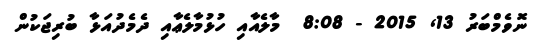
ނޮވެމްބަރު 13